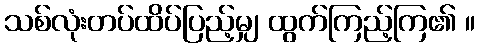
သစ်လုံးတပ်ထိပ်ပြည့်မျှ ထွက်ကြည့်ကြ၏ ။